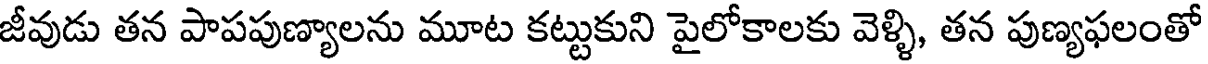
జీవుడు తన పాపపుణ్యాలను మూట కట్టుకుని పైలోకాలకు వెళ్ళి, తన పుణ్యఫలంతో